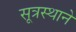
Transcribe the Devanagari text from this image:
सूत्रस्थाने